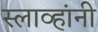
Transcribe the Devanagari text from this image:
स्लाव्हांनी